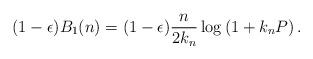
LaTeX: \begin{align*}(1 - \epsilon) B_1(n) = (1-\epsilon) \frac{ n }{2 k_n} \log \left( 1 + k_n P \right).\end{align*}